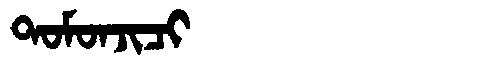
Manchu: ᡨᠣᠮᠣᠨᠵᡳᠴᡳ
Romanization: TOMONJICI